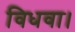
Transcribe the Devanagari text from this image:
विधवा।